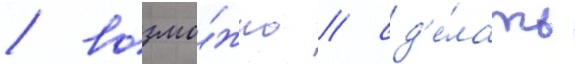
/ возмо́жно / сд'е́лать